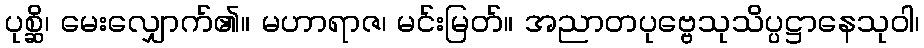
ပုစ္ဆိ၊ မေးလျှောက်၏။ မဟာရာဇ၊ မင်းမြတ်။ အညာတပုဗ္ဗေသုသိပ္ပဋ္ဌာနေသုဝါ၊